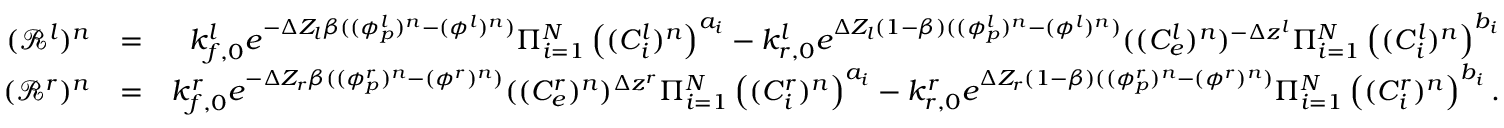
\begin{array} { r l r } { ( \mathcal { R } ^ { l } ) ^ { n } } & { = } & { k _ { f , 0 } ^ { l } e ^ { - \Delta Z _ { l } \beta ( ( \phi _ { p } ^ { l } ) ^ { n } - ( \phi ^ { l } ) ^ { n } ) } \Pi _ { i = 1 } ^ { N } \left( ( C _ { i } ^ { l } ) ^ { n } \right) ^ { a _ { i } } - k _ { r , 0 } ^ { l } e ^ { \Delta Z _ { l } ( 1 - \beta ) ( ( \phi _ { p } ^ { l } ) ^ { n } - ( \phi ^ { l } ) ^ { n } ) } ( ( C _ { e } ^ { l } ) ^ { n } ) ^ { - \Delta z ^ { l } } \Pi _ { i = 1 } ^ { N } \left( ( C _ { i } ^ { l } ) ^ { n } \right) ^ { b _ { i } } } \\ { ( \mathcal { R } ^ { r } ) ^ { n } } & { = } & { k _ { f , 0 } ^ { r } e ^ { - \Delta Z _ { r } \beta ( ( \phi _ { p } ^ { r } ) ^ { n } - ( \phi ^ { r } ) ^ { n } ) } ( ( C _ { e } ^ { r } ) ^ { n } ) ^ { \Delta z ^ { r } } \Pi _ { i = 1 } ^ { N } \left( ( C _ { i } ^ { r } ) ^ { n } \right) ^ { a _ { i } } - k _ { r , 0 } ^ { r } e ^ { \Delta Z _ { r } ( 1 - \beta ) ( ( \phi _ { p } ^ { r } ) ^ { n } - ( \phi ^ { r } ) ^ { n } ) } \Pi _ { i = 1 } ^ { N } \left( ( C _ { i } ^ { r } ) ^ { n } \right) ^ { b _ { i } } . } \end{array}